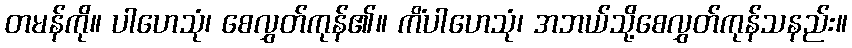
တမန်ကို။ ပါဟေသုံ၊ စေလွှတ်ကုန်၏။ ကိံပါဟေသုံ၊ အဘယ်သို့စေလွှတ်ကုန်သနည်း။